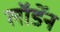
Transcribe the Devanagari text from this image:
लॉर्डेन